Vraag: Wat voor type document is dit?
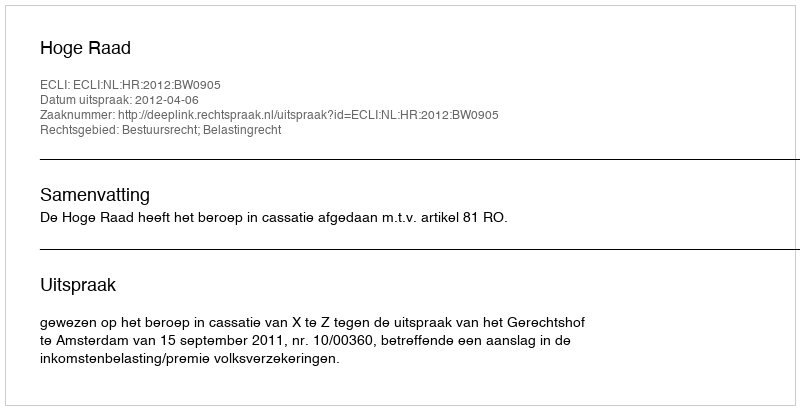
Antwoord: Uitspraak